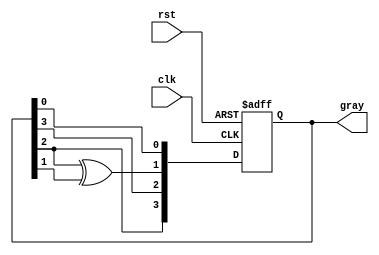
module gray_code_ring_counter (
    input wire clk,      // Clock input
    input wire rst,      // Reset input
    output reg [3:0] gray // Gray code output
);

reg [3:0] state; // State variable

always @(posedge clk or posedge rst) begin
    if (rst) begin
        state <= 4'b0000; // Reset state to 0000
    end else begin
        // Implement Gray code sequence
        state <= {state[2], state[3], state[2] ^ state[1], state[0]};
    end
end

assign gray = state; // Output gray code

endmodule